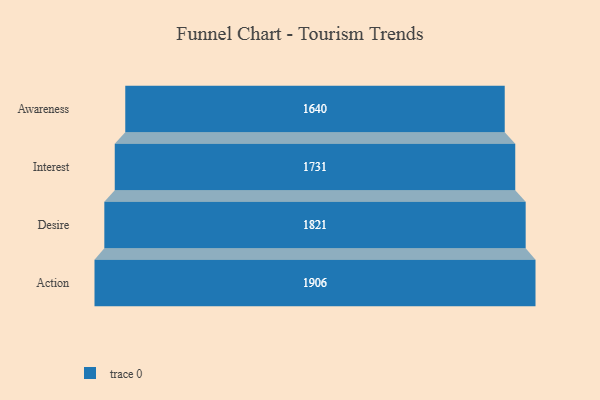
{"axis": {"x": "Stage", "y": "Value"}, "legend": [""], "data": [{"x": "Awareness", "y": 1640.0, "type": ""}, {"x": "Interest", "y": 1731.0, "type": ""}, {"x": "Desire", "y": 1821.0, "type": ""}, {"x": "Action", "y": 1906.0, "type": ""}]}